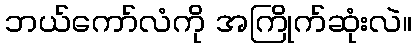
ဘယ်ကော်လံကို အကြိုက်ဆုံးလဲ။